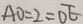
A O = 2 = O E